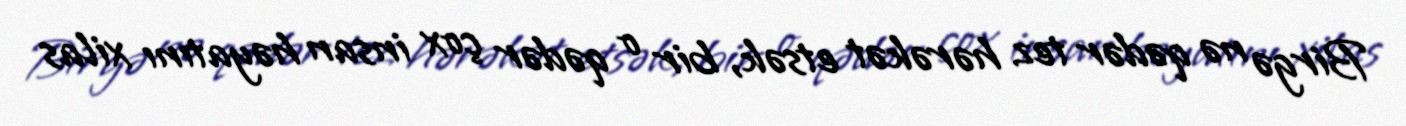
Birgə nə qədər tez hərəkət etsək, bir o qədər çox insan həyatını xilas